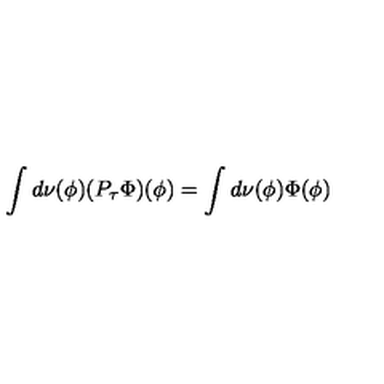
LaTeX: \int d \nu ( \phi ) ( P _ { \tau } \Phi ) ( \phi ) = \int d \nu ( \phi ) \Phi ( \phi )